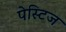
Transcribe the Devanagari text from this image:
पेस्टिज